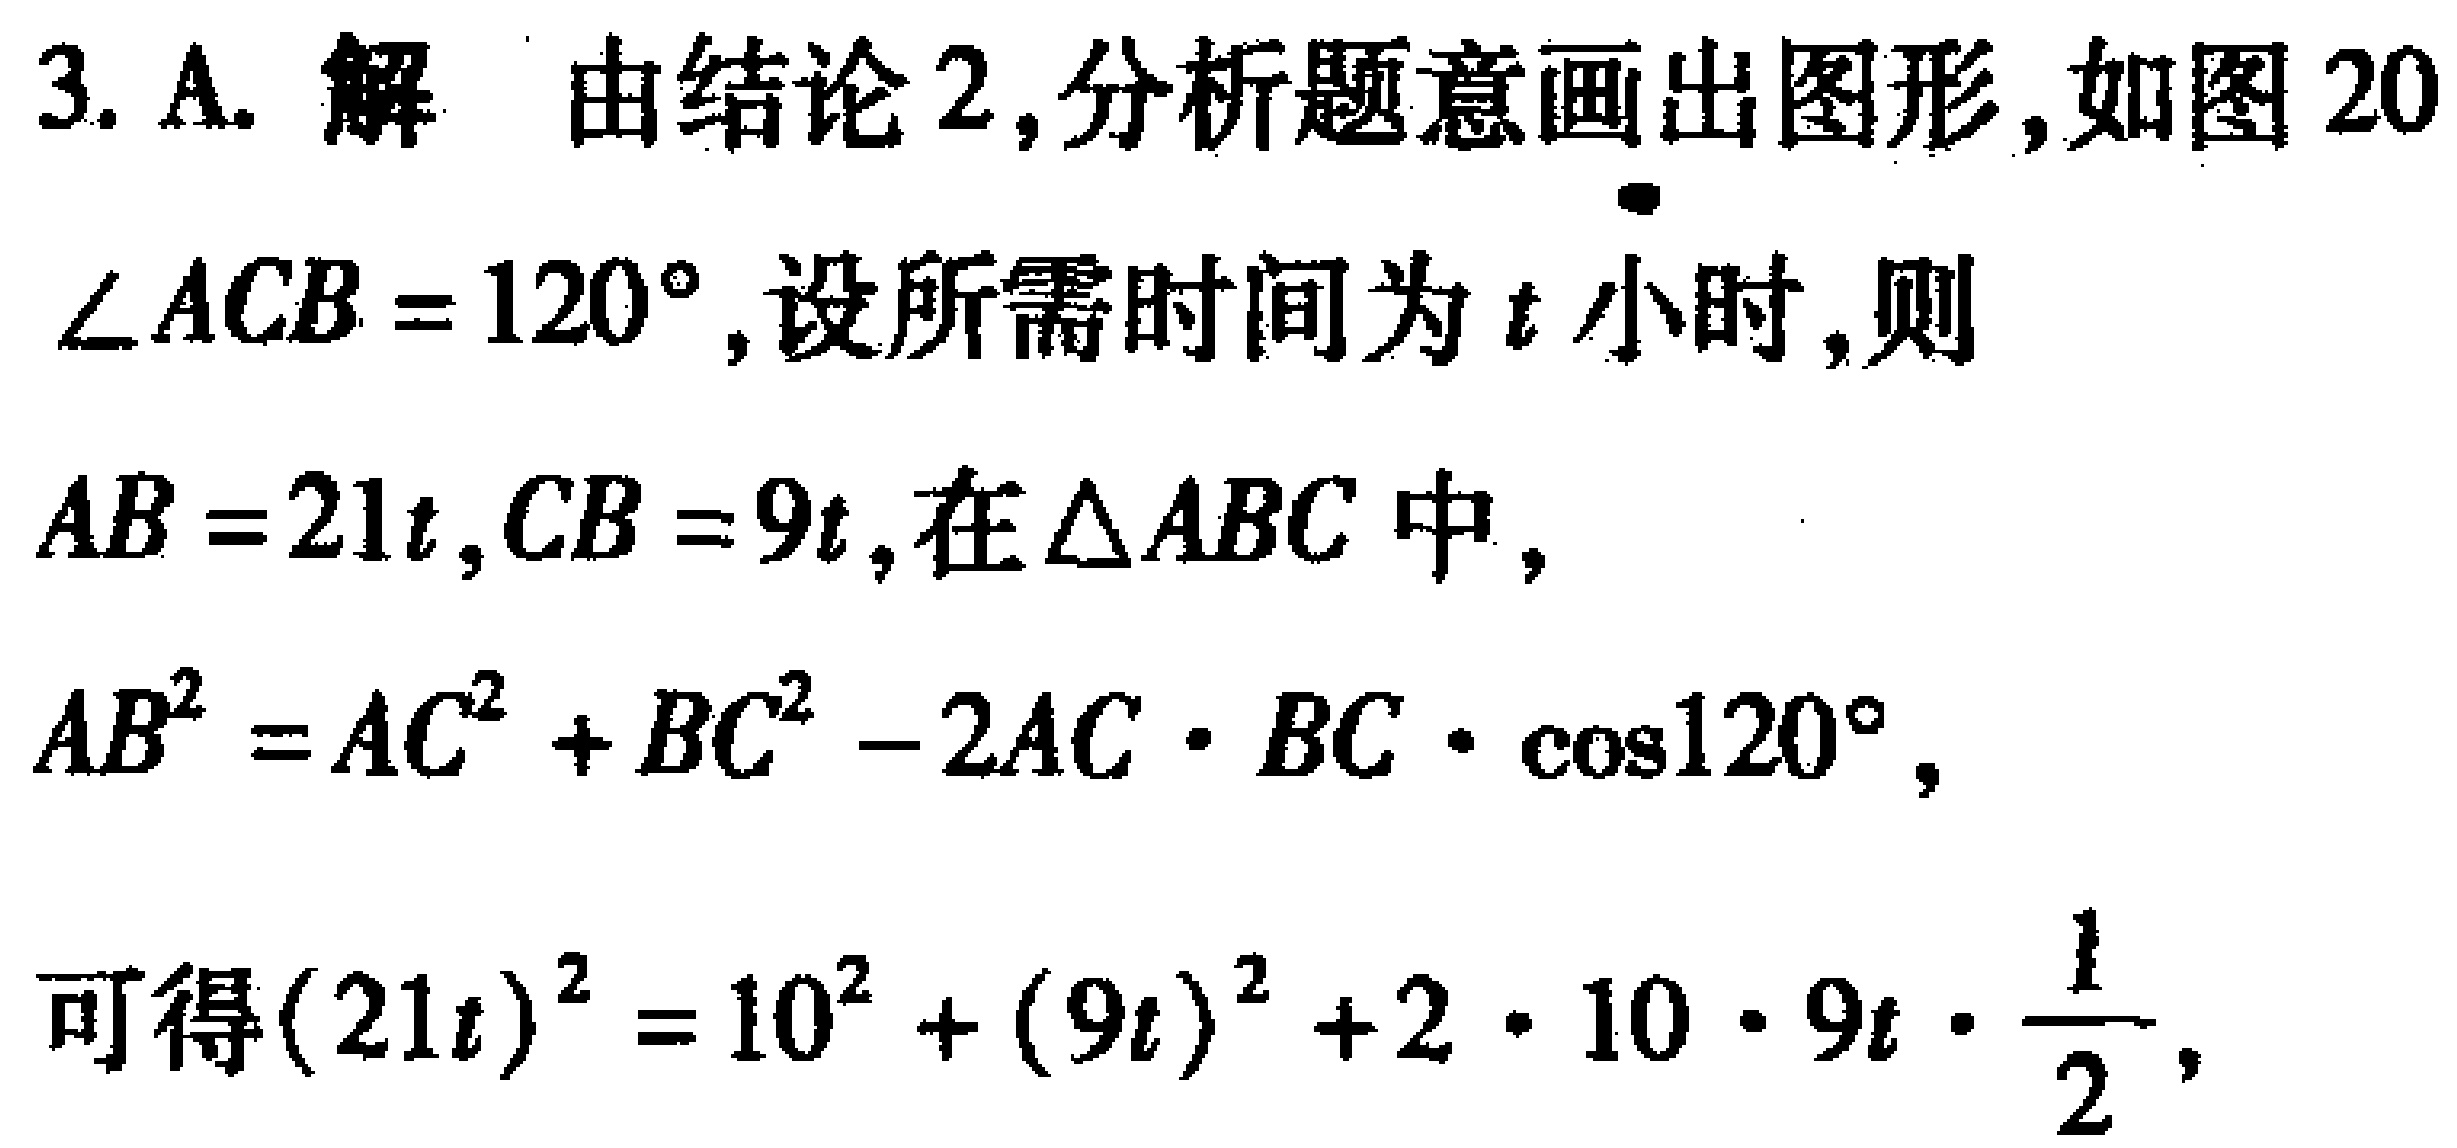
3. A. 解 由结论2,分析题意画出图形,如图20
$\angle ACB = 120^{\circ}$,设所需时间为$t$小时,则
$AB = 21t,CB = 9t$,在$\triangle ABC$中,
$AB^{2}=AC^{2}+BC^{2}-2AC\cdot BC\cdot \cos120^{\circ}$,
可得$(21t)^{2}=10^{2}+(9t)^{2}+2\cdot 10\cdot 9t\cdot \frac{1}{2}$,